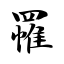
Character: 罹